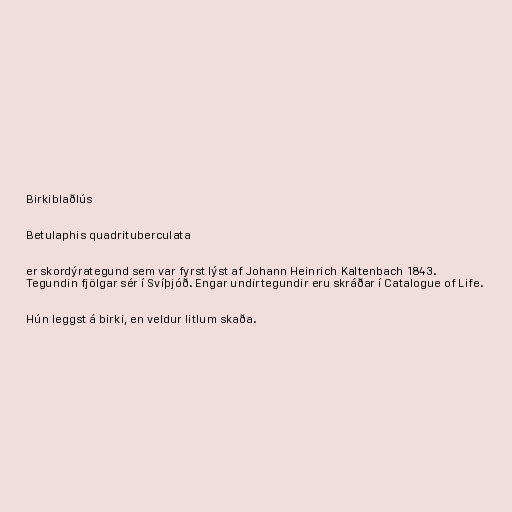
Birkiblaðlús

Betulaphis quadrituberculata

er skordýrategund sem var fyrst lýst af Johann Heinrich Kaltenbach 1843.
Tegundin fjölgar sér í Svíþjóð. Engar undirtegundir eru skráðar í Catalogue of Life.

Hún leggst á birki, en veldur litlum skaða.